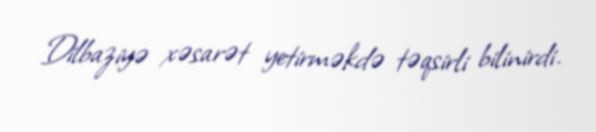
Dilbaziyə xəsarət yetirməkdə təqsirli bilinirdi.